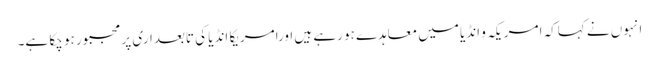
انہوں نے کہاکہ امریکہ و انڈیا میں معاہدے ہو رہے ہیں اورامریکا انڈیا کی تابعداری پر مجبور ہو چکا ہے۔